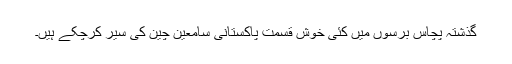
گذشتہ پچاس برسوں میں کئی خوش قسمت پاکستانی سامعین چین کی سیر کرچکے ہیں۔